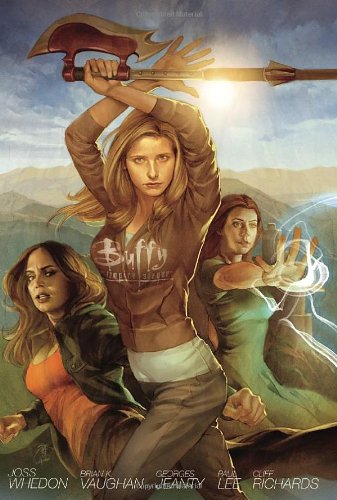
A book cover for Buffy the Vampire Slayer Season 8 Library Edition Volume 1; Georges Jeanty; Comics & Graphic Novels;